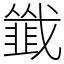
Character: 韱